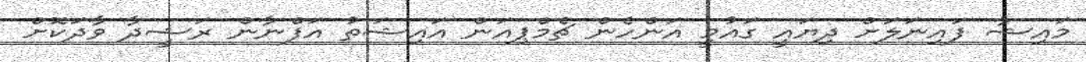
މައިޝާ ފައިނަލަށް ދިޔައީ ގައުމީ އަންހެން ޗެމްޕިއަން އައިޝަތު އަފްނާން ރަޝީދާ ވާދަކޮށް